Lock hospitals Punjab
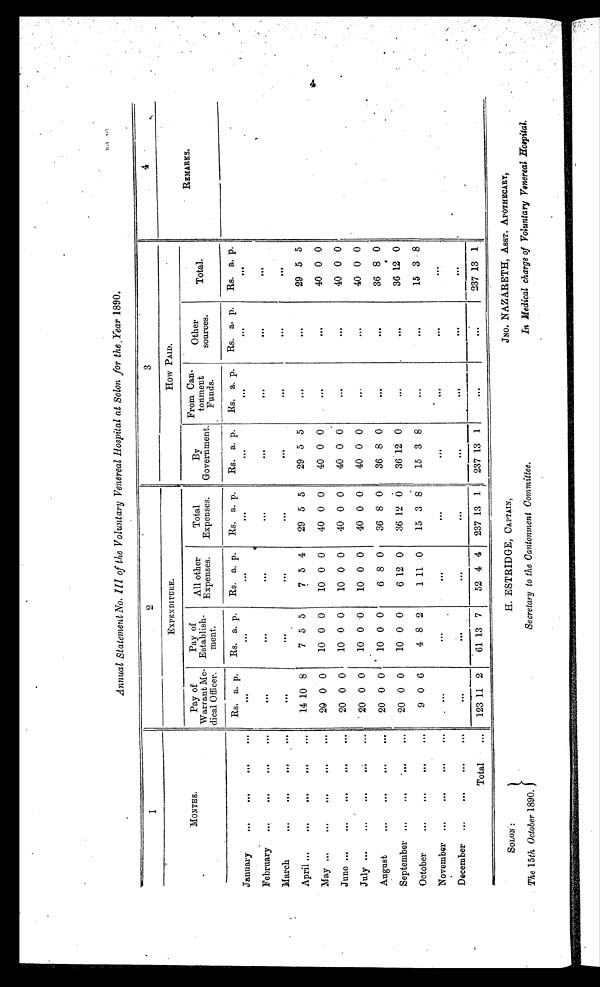
Annual Statement No. III of the Voluntary Venereal Hospital at Solon for the Year 1890.
1
2
3
4
MONTHS.
EXPENDITURE.
How PAID.
REMARKS.
Pay of
Warrant Me-
dical Officer.
Pay of
Establish-
ment.
All other
Expenses.
Total
Expenses.
By
Government.
From Can-
tonment
Funds.
Other
sources.
Total.
Rs. a. p.
Rs. a. p.
Rs. a. p.
Rs. a. p.
Rs. a. p.
Rs. a. p.
Rs. a. p.
Rs. a. p.
January
. . .
. . .
. . .
. . .
. . .
. . .
. . .
. . .
. . .
. . .
. . .
...
February
. . .
...
. . .
...
. . . .
. . .
...
...
. . .
. . .
...
...
...
M arch
. . .
. . .
. . .
. . .
. . . .
. . .
. . .
. . .
...
. . .
...
...
April
. . .
. . .
...
. . .
14 10 8
7 5 5
7 5 4
29 5 5
29 5 5
. . .
. . .
29 5 5
May
. . .
...
. . .
. . .
20 0 0
10 0 0
10 0 0
40 0 0
40 0 0
. . .
...
40 0 0
June
. . .
. . .
. . .
...
20 0 0
10 0 0
10 0 0
40 0 0
40 0 0
. . .
. . .
40 0 0
July
. . .
. . .
. . .
. . .
20 0 0
10 0 0
10 0 0
40 0 0
40 0
. . .
. . .
40 0 0
August
...
...
. . .
...
20 0 0
10 0 0
6 8 0
36 8 0
36 8 0
. . .
. . .
36 8 0
September ...
...
. . .
...
20 0 0
10 0 0
6 12 0
36 12 0
36 12 0
...
...
36 12 0
October
...
...
. . .
...
9 0 6
4 8 2
1 11 0
15 3 8
15 3
8
. . .
. . .
15 3 8
N ovember
. . .
. . .
. . .
...
. . .
...
...
. . .
...
...
. . .
...
D ecember
...
. . .
. . .
. . .
. . .
. . .
. . .
. . .
. . .
...
...
...
Total
. . .
123 11 2
61 13 7
52 4 4
237 13 1
237 13 1
. . .
. . .
237 13
SOLON:
H. ESTRIDGE, CAPTAIN,
JNO. NAZARETH, ASST. APOTHECARY,
The 15th October 1890.
Secretary to the Cantonment Committee.
In Medical charge of Voluntary Venereal Hospital.